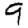
Digit: 9